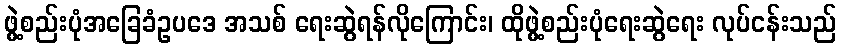
ဖွဲ့စည်းပုံအခြေခံဥပဒေ အသစ် ရေးဆွဲရန်လိုကြောင်း၊ ထိုဖွဲ့စည်းပုံရေးဆွဲရေး လုပ်ငန်းသည်